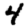
Digit: 4